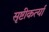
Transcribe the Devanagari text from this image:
सृष्टीकर्त्या